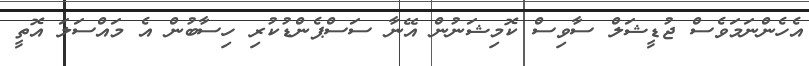
އެހެންނަމަވެސް ޖުޑީޝަލް ސާވިސް ކޮމިޝަނުން އޭނާ ސަސްޕެންޑުކުރި ހިސާބުން އެ މައްސަލަ އޮތީ